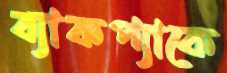
ব্যাকপ্যাকে